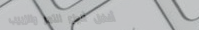
أفضل أنواع التمر والزبيب